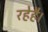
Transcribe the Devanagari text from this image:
रहेहै।